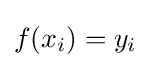
f(x_{i})=y_{i}